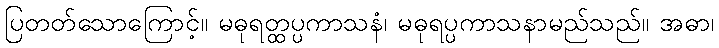
ပြတတ်သောကြောင့်။ မဓုရတ္ထပ္ပကာသနံ၊ မဓုရပ္ပကာသနာမည်သည်။ အဓာ၊